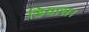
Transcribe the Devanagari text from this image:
डियास।